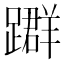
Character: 𨆤